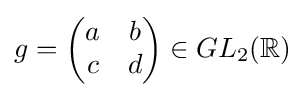
g={\begin{pmatrix}a&b\\c&d\end{pmatrix}}\in GL_{2}(\mathbb {R} )